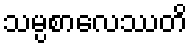
သမ္ပစာလေဿတိ